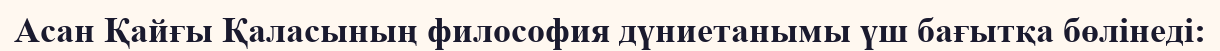
Асан Қайғы Қаласының философия дүниетанымы үш бағытқа бөлінеді: